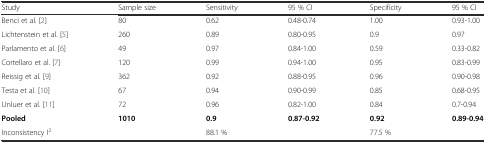
<table><thead><tr><td><b>Study</b></td><td><b>Sample size</b></td><td><b>Sensitivity</b></td><td><b>95 % CI</b></td><td><b>Specificity</b></td><td><b>95 % CI</b></td></tr></thead><tbody><tr><td>Benci et al. [2]</td><td>80</td><td>0.62</td><td>0.48-0.74</td><td>1.00</td><td>0.93-1.00</td></tr><tr><td>Lichtenstein et al. [5]</td><td>260</td><td>0.89</td><td>0.80-0.95</td><td>0.9</td><td>0.97</td></tr><tr><td>Parlamento et al. [6]</td><td>49</td><td>0.97</td><td>0.84-1.00</td><td>0.59</td><td>0.33-0.82</td></tr><tr><td>Cortellaro et al. [7]</td><td>120</td><td>0.99</td><td>0.94-1.00</td><td>0.95</td><td>0.83-0.99</td></tr><tr><td>Reissig et al. [9]</td><td>362</td><td>0.92</td><td>0.88-0.95</td><td>0.96</td><td>0.90-0.98</td></tr><tr><td>Testa et al. [10]</td><td>67</td><td>0.94</td><td>0.90-0.99</td><td>0.85</td><td>0.68-0.95</td></tr><tr><td>Unluer et al. [11]</td><td>72</td><td>0.96</td><td>0.82-1.00</td><td>0.84</td><td>0.7-0.94</td></tr><tr><td><b>Pooled</b></td><td><b>1010</b></td><td><b>0.9</b></td><td><b>0.87-0.92</b></td><td><b>0.92</b></td><td><b>0.89-0.94</b></td></tr><tr><td>Inconsistency I<sup>2</sup></td><td></td><td>88.1 %</td><td></td><td>77.5 %</td><td></td></tr></tbody></table>